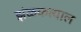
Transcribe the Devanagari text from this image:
झंळकत्याल